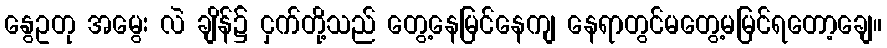
နွေဥတု အမွေး လဲ ချိန်၌ ငှက်တို့သည် တွေ့နေမြင်နေကျ နေရာတွင်မတွေ့မမြင်ရတော့ချေ။